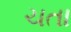
ચતા